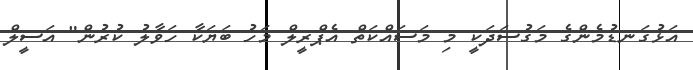
އަޅުގަނޑުމެންގެ މަގުސަދަކީ މި މަސައްކަތް އެޕްރީލް މަހު ބަޔަކާ ހަވާލު ކުރުން" އަސީލް